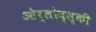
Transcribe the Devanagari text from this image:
ओर्लोव्स्की